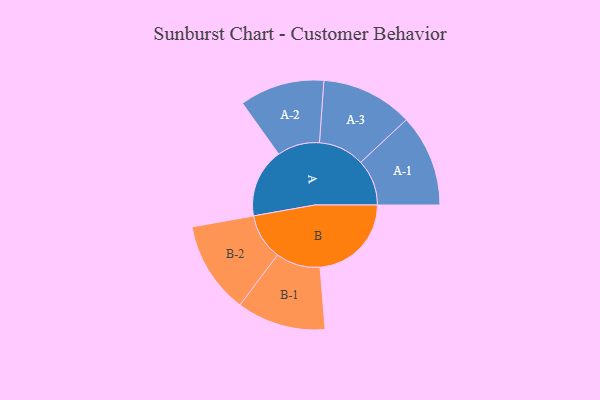
{"axis": {"x": "Segment", "y": "Value"}, "legend": ["", "A", "B"], "data": [{"x": "A", "y": 336, "type": ""}, {"x": "B", "y": 444, "type": ""}, {"x": "A-1", "y": 224, "type": "A"}, {"x": "A-2", "y": 206, "type": "A"}, {"x": "A-3", "y": 223, "type": "A"}, {"x": "B-1", "y": 216, "type": "B"}, {"x": "B-2", "y": 224, "type": "B"}]}